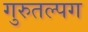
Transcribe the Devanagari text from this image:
गुरुतल्पग